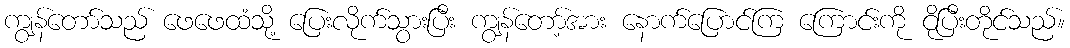
ကျွန်တော်သည် ဖေဖေထံသို့ ပြေးလိုက်သွားပြီး ကျွန်တော့်အား နောက်ပြောင်ကြ ကြောင်းကို ငိုပြီးတိုင်သည်။